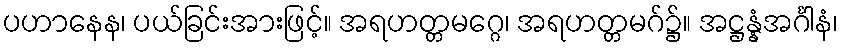
ပဟာနေန၊ ပယ်ခြင်းအားဖြင့်။ အရဟတ္တမဂ္ဂေ၊ အရဟတ္တမဂ်၌။ အဋ္ဌန္နံအင်္ဂါနံ၊